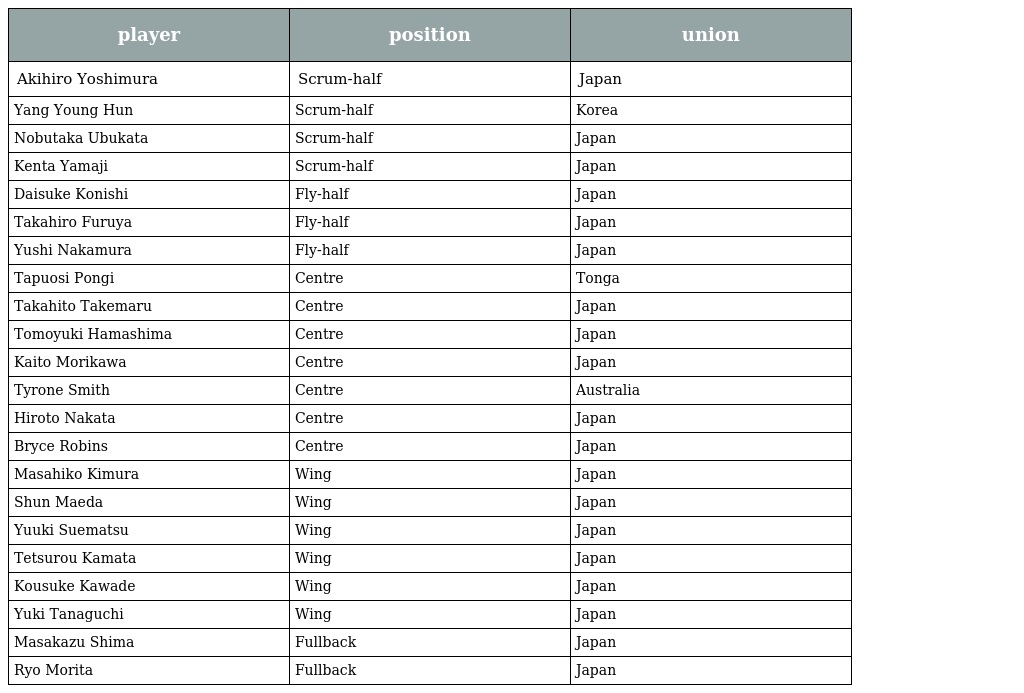
| player | position | union |
 | --- | --- | --- |
 | Akihiro Yoshimura | Scrum-half | Japan |
 | Yang Young Hun | Scrum-half | Korea |
 | Nobutaka Ubukata | Scrum-half | Japan |
 | Kenta Yamaji | Scrum-half | Japan |
 | Daisuke Konishi | Fly-half | Japan |
 | Takahiro Furuya | Fly-half | Japan |
 | Yushi Nakamura | Fly-half | Japan |
 | Tapuosi Pongi | Centre | Tonga |
 | Takahito Takemaru | Centre | Japan |
 | Tomoyuki Hamashima | Centre | Japan |
 | Kaito Morikawa | Centre | Japan |
 | Tyrone Smith | Centre | Australia |
 | Hiroto Nakata | Centre | Japan |
 | Bryce Robins | Centre | Japan |
 | Masahiko Kimura | Wing | Japan |
 | Shun Maeda | Wing | Japan |
 | Yuuki Suematsu | Wing | Japan |
 | Tetsurou Kamata | Wing | Japan |
 | Kousuke Kawade | Wing | Japan |
 | Yuki Tanaguchi | Wing | Japan |
 | Masakazu Shima | Fullback | Japan |
 | Ryo Morita | Fullback | Japan |